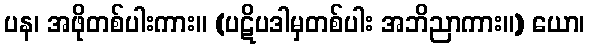
ပန၊ အဖိုတစ်ပါးကား။ (ပဋိပဒါမှတစ်ပါး အဘိညာကား။) ယော၊